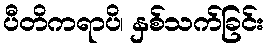
ပီတိကရာပိ၊ နှစ်သက်ခြင်း